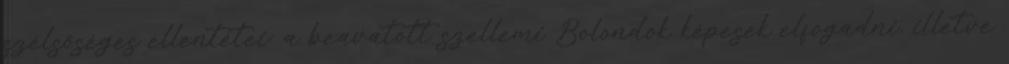
szélsõséges ellentétei: a beavatott szellemi Bolondok képesek elfogadni, illetve